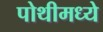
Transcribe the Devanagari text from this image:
पोथीमध्ये